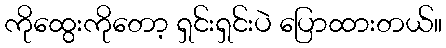
ကိုထွေးကိုတော့ ရှင်းရှင်းပဲ ပြောထားတယ်။